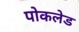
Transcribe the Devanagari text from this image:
पोकलेड